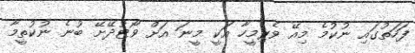
ފަހަތުގައި ނުކުމެ މިއޭ ވެރިމީހާ އަކީ މީނަ އަށް ވޯޓުދޭށޭ ބުނެ ނުކުތީމާ